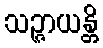
သဉ္ဇာယန္တိ